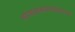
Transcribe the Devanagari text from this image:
लोणावळाजवळच्या